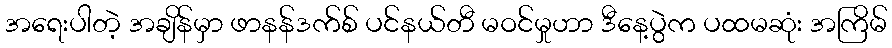
အရေးပါတဲ့ အချိန်မှာ ဖာနန်ဒက်စ် ပင်နယ်တီ မဝင်မှုဟာ ဒီနေ့ပွဲက ပထမဆုံး အကြိမ်